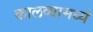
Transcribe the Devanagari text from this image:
कालव्यामध्ये